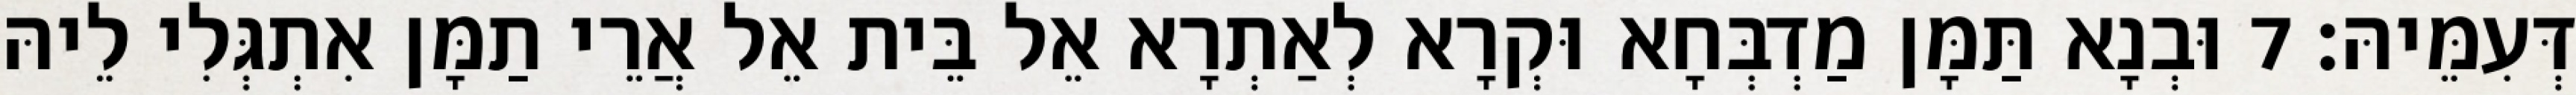
דְּעִמֵּיהּ׃ 7 וּבְנָא תַּמָּן מַדְבְּחָא וּקְרָא לְאַתְרָא אֵל בֵּית אֵל אֲרֵי תַמָּן אִתְגְּלִי לֵיהּ